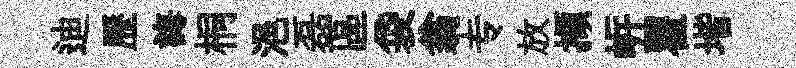
迪歷誨桐浥磊區袋翁专放擷㟁瞿堦